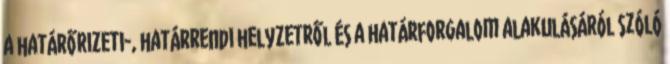
a határőrizeti-, határrendi helyzetről és a határforgalom alakulásáról szóló